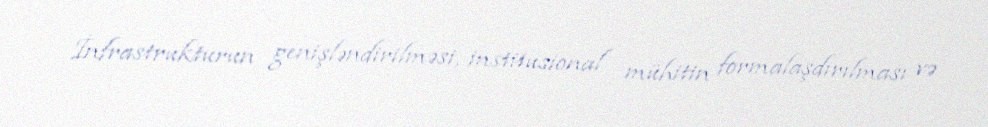
İnfrastrukturun genişləndirilməsi, institusional mühitin formalaşdırılması və